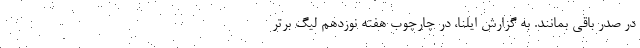
در صدر باقی بمانند. به گزارش ایلنا، در چارچوب هفته نوزدهم لیگ برتر